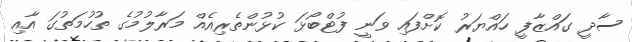
ސާދީ ގައްޒާފީ ހައްޔަރު ކޮށްފައި ވަނީ ފުޓްބޯޅަ ކުޅުންތެރިއެއް މަރާލުމުގެ ތުހުމަތުގަ އާއި